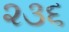
૨૩૬